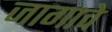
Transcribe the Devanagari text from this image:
जागावे